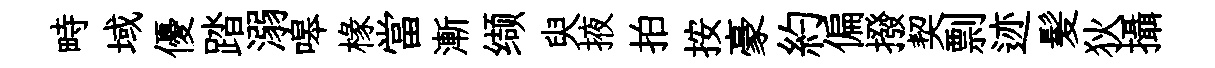
畤域優踏溺嗥椽當漸缬臾掖拍按豪約偏撥契剽迹髪狄攝